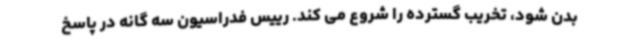
بدن شود، تخریب گسترده را شروع می کند. رییس فدراسیون سه گانه در پاسخ